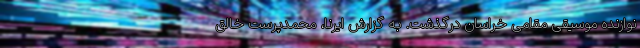
نوازنده موسیقی مقامی خراسان درگذشت. به گزارش ایرنا، محمدپرست خالق